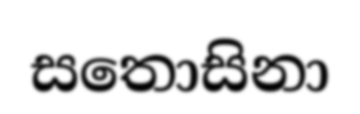
සතොසිනා